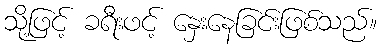
သို့ဖြင့် ခရီးဖင့် နှေးနေခြင်းဖြစ်သည်။